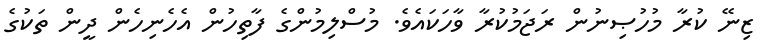
ޒިނޭ ކުރާ މުހުޞިނުން ރަޖަމުކުރާ ވާހަކައެވެ. މުސްލިމުންގެ ފާތިހުން އެހެނިހެން ދީން ތަކުގެ